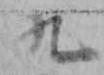
九